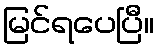
မြင်ရပေပြီ။